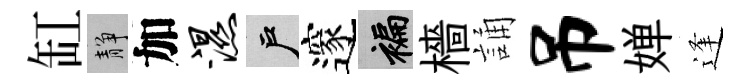
缸靜加湿户邃褊檣誦吊婵逢